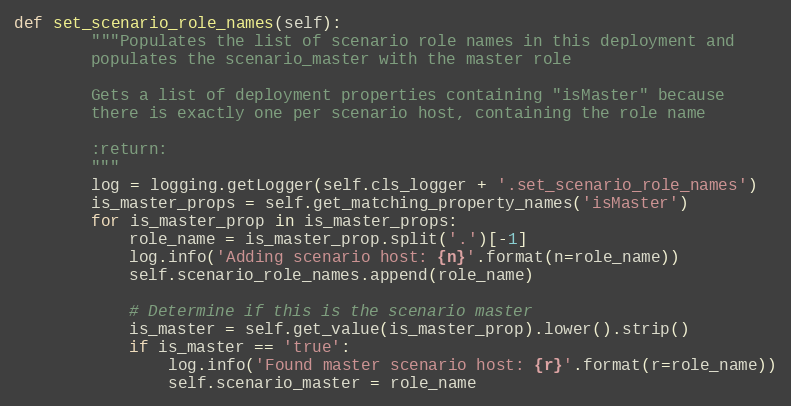
Language: Python
def set_scenario_role_names(self):
        """Populates the list of scenario role names in this deployment and
        populates the scenario_master with the master role

        Gets a list of deployment properties containing "isMaster" because
        there is exactly one per scenario host, containing the role name

        :return:
        """
        log = logging.getLogger(self.cls_logger + '.set_scenario_role_names')
        is_master_props = self.get_matching_property_names('isMaster')
        for is_master_prop in is_master_props:
            role_name = is_master_prop.split('.')[-1]
            log.info('Adding scenario host: {n}'.format(n=role_name))
            self.scenario_role_names.append(role_name)

            # Determine if this is the scenario master
            is_master = self.get_value(is_master_prop).lower().strip()
            if is_master == 'true':
                log.info('Found master scenario host: {r}'.format(r=role_name))
                self.scenario_master = role_name